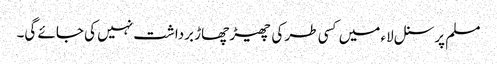
مسلم پرسنل لاء میں کسی طر کی چھیڑ چھاڑ برداشت نہیں کی جائے گی۔